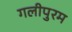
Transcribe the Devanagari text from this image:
गलीपुरम